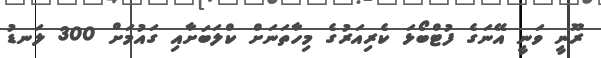
ރޫނީ ވަނީ އޭނަގެ ފުޓްބޯޅަ ކެރިއަރުގެ މިހާތަނަށް ކްލަބަށާއި ގައުމަށް 300 ލަނޑު